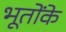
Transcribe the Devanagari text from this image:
भूतोंके